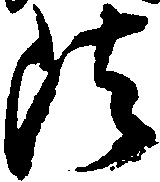
法